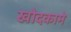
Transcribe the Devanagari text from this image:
खोदकामे